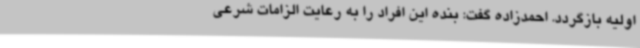
اولیه بازگردد. احمدزاده گفت: بنده این افراد را به رعایت الزامات شرعی